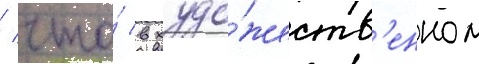
/ что́ в худо́жеств'енном